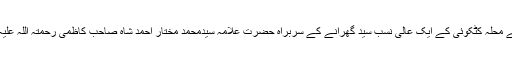
آپ مراد آباد کے مضافاتی شہر امروہہ کے محلہ کٹکوئی کے ایک عالی نسب سید گھرانے کے سربراہ حضرت علامہ سیدمحمد مختار احمد شاہ صاحب کاظمی رحمتہ اللہ علیہ کے ہاں 4ربیع الثانی 1331ھ پیدا ہوئے۔